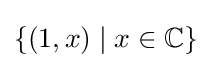
\{(1,x)\mid x\in \mathbb {C} \}